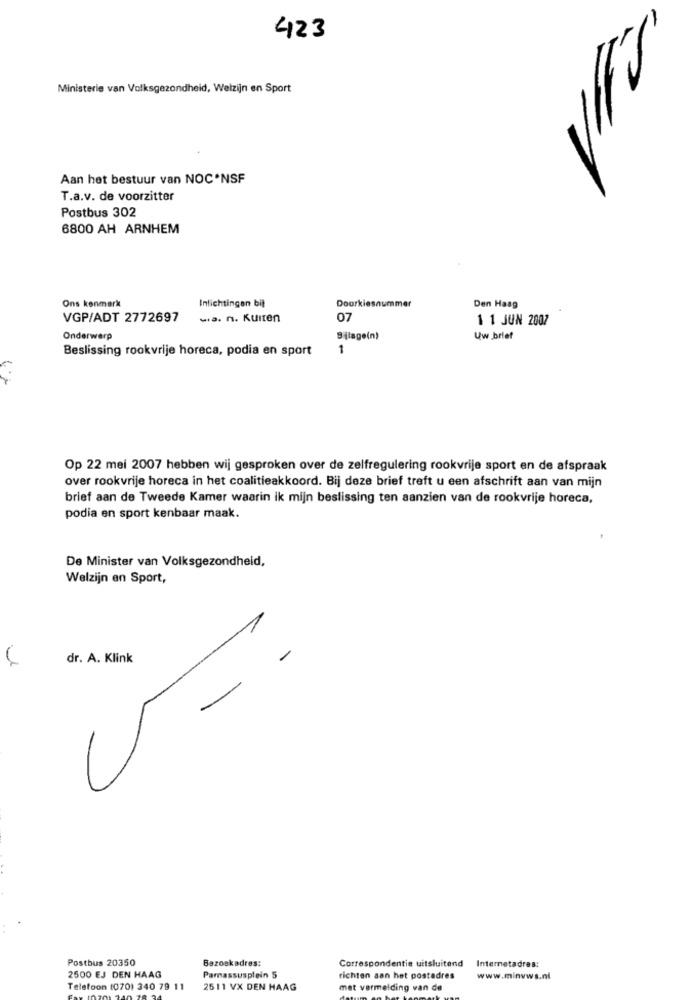
423
Ministerie van Volksgezondheid, Welzijn en Sport
Aan het bestuur van NOC*NSF
T.a.v. de voorzitter
Postbus 302
6800 AH ARNHEM
Inlichtingen bil
Den Haag
Ons kenmark
Doorkiesnummer
VGP/ADT 2772697
wa. n. Kuiten
07
1 1 JUN 2007
Onderwerp
Silage(n)
Uw brief
Beslissing rookvrije horeca, podia en sport
1
Op 22 mei 2007 hebben wij gesproken over de zelfregulering rookvrije sport en de afspraak
over rookvrije horeca in het coalitieakkoord. Bij deze brief treft u een afschrift aan van mijn
brief aan de Tweede Kamer waarin ik mijn beslissing ten aanzien van de rookvrije horeca,
podia en sport kenbaar maak.
De Minister van Volksgezondheid,
Welzijn en Sport,
-
dr. A. Klink
Postbus 20350
Bezoekadres:
Correspondentie uitsluitend
Internetadres:
2500 EJ DEN HAAG
Parnassusplein 5
richten aan het postadres
www.minvws.nl
Telefoon (070) 340 79 11
2511 VX DEN HAAG
met vermelding van de